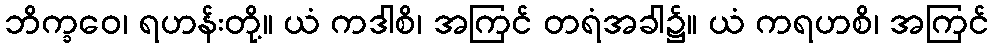
ဘိက္ခဝေ၊ ရဟန်းတို့။ ယံ ကဒါစိ၊ အကြင် တရံအခါ၌။ ယံ ကရဟစိ၊ အကြင်